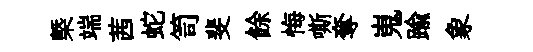
槩端茜蛇笥斐餘悔嘶奪嵬踰象